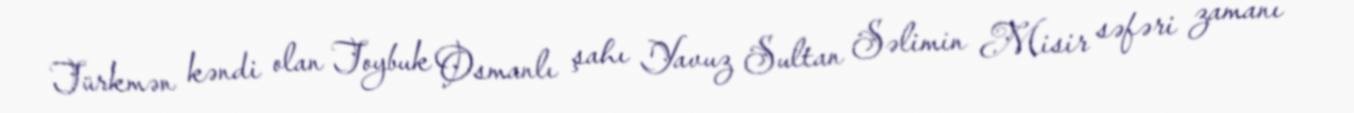
Türkmən kəndi olan Toybuk Osmanlı şahı Yavuz Sultan Səlimin Misir səfəri zamanı